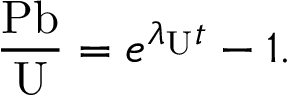
{ \frac { \mathrm { P b } } { \mathrm { U } } } = e ^ { \lambda _ { \mathrm { U } } t } - 1 .